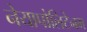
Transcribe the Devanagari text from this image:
नेयापोलिटेनम